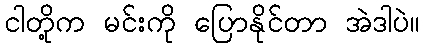
ငါတို့က မင်းကို ပြောနိုင်တာ အဲဒါပဲ။